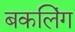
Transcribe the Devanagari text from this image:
बकलिंग